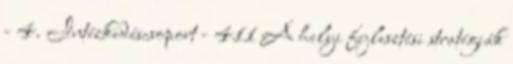
- 4. Intézkedéscsoport - 411 A helyi fejlesztési stratégiák